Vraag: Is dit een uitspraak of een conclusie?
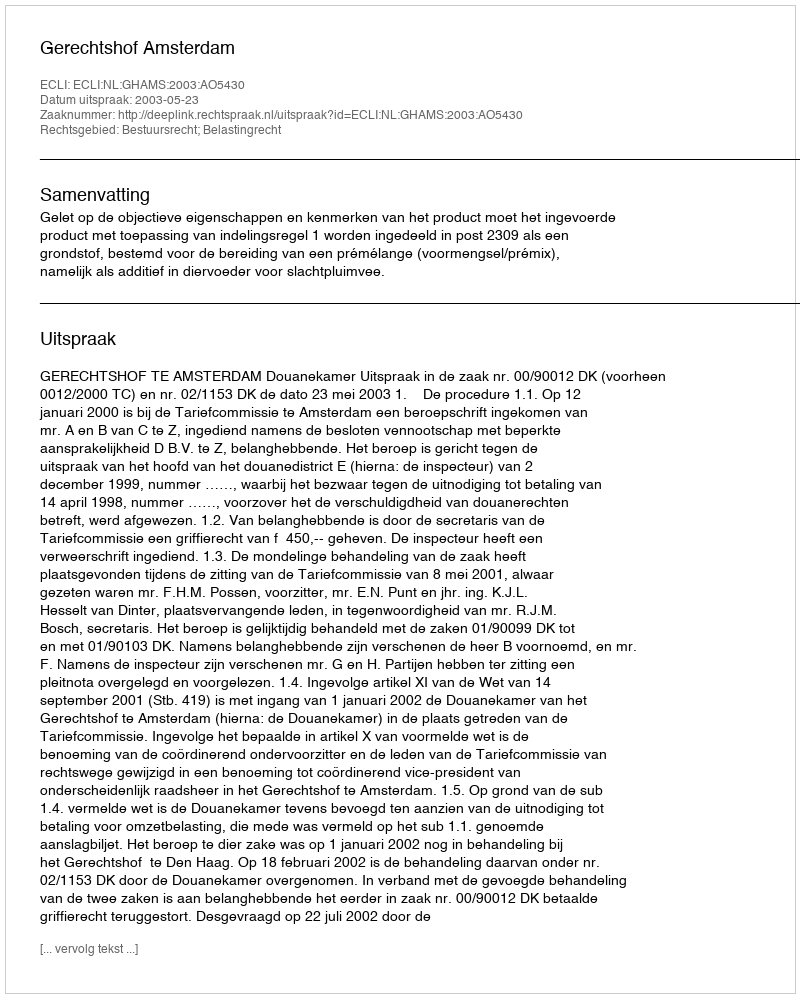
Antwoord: Uitspraak